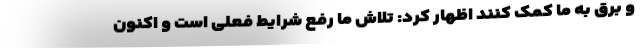
و برق به ما کمک کنند اظهار کرد: تلاش ما رفع شرایط فعلی است و اکنون